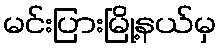
မင်းပြားမြို့နယ်မှ